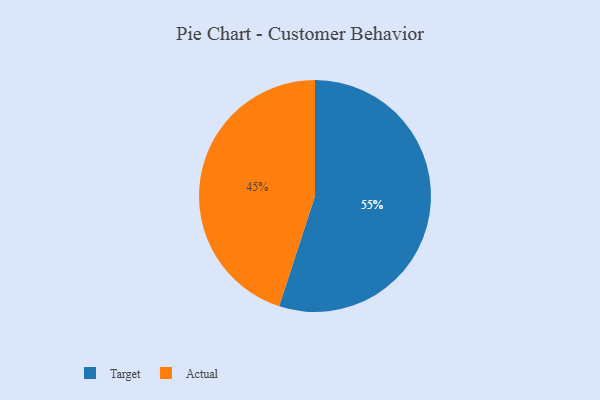
{"axis": {"x": "Category", "y": "Percentage"}, "legend": ["Actual", "Target"], "data": [{"x": "Actual", "y": 45, "type": "Actual"}, {"x": "Target", "y": 55, "type": "Target"}]}